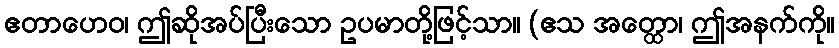
ဧတာဟေဝ၊ ဤဆိုအပ်ပြီးသော ဥပမာတို့ဖြင့်သာ။ (ဧသ အတ္ထော၊ ဤအနက်ကို။